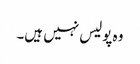
وہ پولیس نہیں ہیں۔